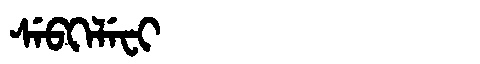
Manchu: ᠰᡝᠪᡴᡝᠯᡝᠸᡳ
Romanization: SEBKELEFI